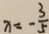
x = - \frac { 3 } { 5 }